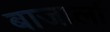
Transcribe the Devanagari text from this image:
बाजार्ला